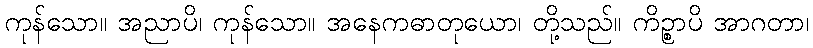
ကုန်သော။ အညာပိ၊ ကုန်သော။ အနေကဓာတုယော၊ တို့သည်။ ကိဉ္စာပိ အာဂတာ၊